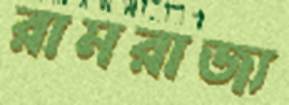
রামরাজ্য